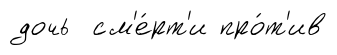
дочь см'е́рт'и про́т'ив